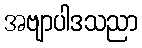
အဗျာပါဒသညာ